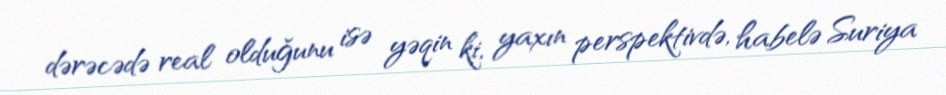
dərəcədə real olduğunu isə yəqin ki, yaxın perspektivdə, habelə Suriya